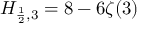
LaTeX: H _ { { \frac { 1 } { 2 } } , 3 } = 8 - 6 \zeta ( 3 )